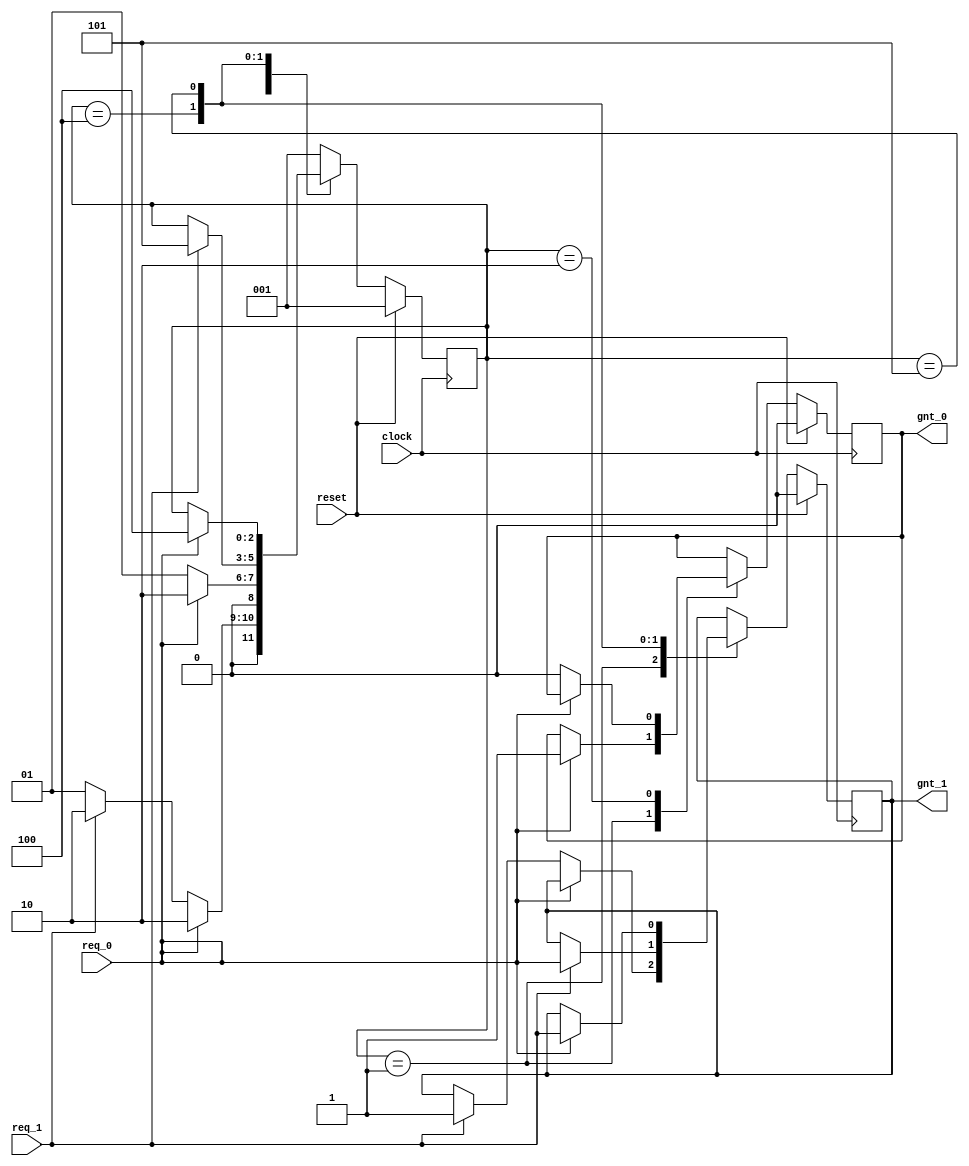
 module fsm (
 clock,
 reset,
 req_0,
 req_1,
 gnt_0,
 gnt_1      
 );
 input   clock,reset,req_0,req_1;
 output  gnt_0,gnt_1;
 wire    clock,reset,req_0,req_1;
 reg     gnt_0,gnt_1;
 
 parameter SIZE = 3           ;
 parameter IDLE  = 3'b001,GNT0 = 3'b010,GNT1 = 3'b100,GNT2 = 3'b101 ;
 
 reg [SIZE-1:0] state;
 reg [SIZE-1:0] next_state;
 
 always @ (posedge clock)
 begin : FSM
 if (reset == 1'b1) begin
   state <=  #1  IDLE;
   gnt_0 <= 0;
   gnt_1 <= 0;
 end else
  case(state)
    IDLE : if (req_0 == 1'b1) begin
                 state <=  #1  GNT0;
`ifndef BUG        
                 gnt_0 <= 1;
`else
                 gnt_0 <= 1'bZ;
`endif
               end else if (req_1 == 1'b1) begin
                 gnt_1 <= 1;
                 state <=  #1  GNT0;
               end else begin
                 state <=  #1  IDLE;
               end
    GNT0 : if (req_0 == 1'b1) begin
                 state <=  #1  GNT0;
               end else begin
                 gnt_0 <= 0;
                 state <=  #1  IDLE;
               end
    GNT1 : if (req_1 == 1'b1) begin
                 state <=  #1  GNT2;
				 gnt_1 <= req_0;
               end
    GNT2 : if (req_0 == 1'b1) begin
                 state <=  #1  GNT1;
				 gnt_1 <= req_1;
               end 
    default : state <=  #1  IDLE;
 endcase
 end
 
 endmodule
 
 module top (
input clk,
input rst,
input a,
input b,
output g0,
output g1
);

fsm u_fsm ( .clock(clk),
            .reset(rst), 
            .req_0(a), 
            .req_1(b), 
            .gnt_0(g0), 
            .gnt_1(g1));

endmodule